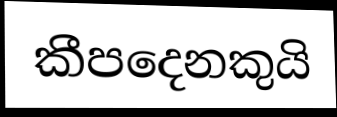
කීපදෙනකුයි